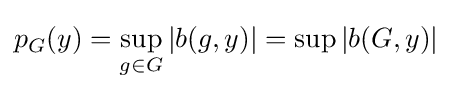
p_{G}(y)=\sup _{g\in G}|b(g,y)|=\sup |b(G,y)|